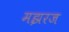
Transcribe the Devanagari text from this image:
मझरज